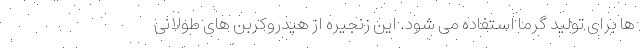
ها برای تولید گرما استفاده می شود. این زنجیره از هیدروکربن های طولانی